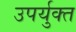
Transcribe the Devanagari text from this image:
उपर्युक्त